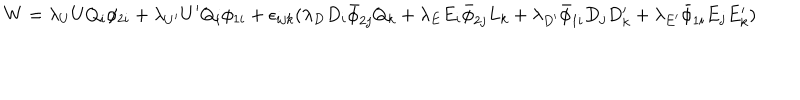
W = \lambda _ { U } U Q _ { i } \phi _ { 2 i } + \lambda _ { U ^ { \prime } } U ^ { \prime } Q _ { i } \phi _ { 1 i } + \epsilon _ { i j k } ( \lambda _ { D } D _ { i } \bar { \phi } _ { 2 j } Q _ { k } + \lambda _ { E } E _ { i } \bar { \phi } _ { 2 j } L _ { k } + \lambda _ { D ^ { \prime } } \bar { \phi } _ { 1 i } D _ { j } D _ { k } ^ { \prime } + \lambda _ { E ^ { \prime } } \bar { \phi } _ { 1 i } E _ { j } E _ { k } ^ { \prime } )